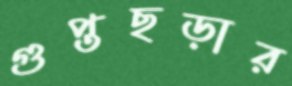
গুপ্তছড়ার